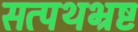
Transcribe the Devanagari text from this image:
सत्पथभ्रष्ट